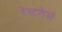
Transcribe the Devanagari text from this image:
रेस्टलेर्स